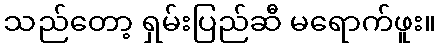
သည်တော့ ရှမ်းပြည်ဆီ မရောက်ဖူး။